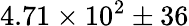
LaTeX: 4.71\times 10^{2}\pm 36